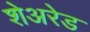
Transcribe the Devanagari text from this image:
शेअरेड